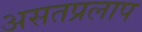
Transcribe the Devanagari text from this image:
असतप्रलाप